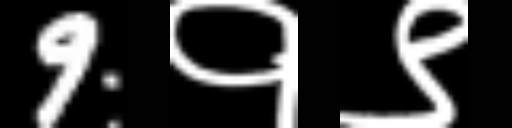
Text: 9१९